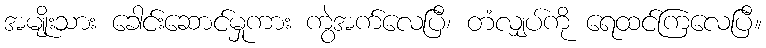
အမျိုးသား ခေါင်းဆောင်မှုကား ကွဲအက်လေပြီ၊ တံလျှပ်ကို ရေထင်ကြလေပြီ။